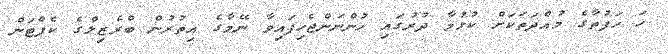
ހަ ހަފުތާގެ މުއްދަތަކަށް ކުޅުމާ ދުރުގައި ހުންނަންޖެހިފައިވާ ނޭމާގެ އިތުރުން ބްރެޒިލްގެ ކެޕްޓަން